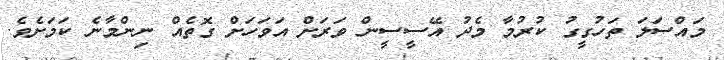
މައްސަލަ ތަހުގީގު ކުރުމާ މެދު އޭސީސީން ވަރަށް އަވަހަށް ގޮތެއް ނިންމާނެ ކަމަށެވެ.